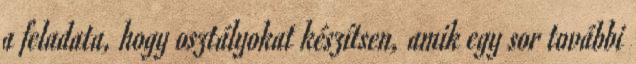
a feladata, hogy osztályokat készítsen, amik egy sor további